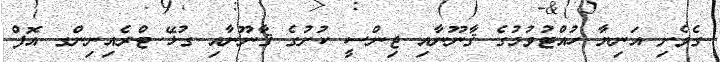
ގެވެށި އަނިޔާ ހުއްޓުވުމުގެ ޤާނޫނާއި ޖިންސީ ކުށުގެ ޤާނޫނާއި ގުޅޭ ޓްރެއިނިންގ އޮފް